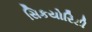
સિકયોરિટી